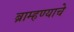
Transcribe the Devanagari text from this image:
ब्राम्हण्याचे